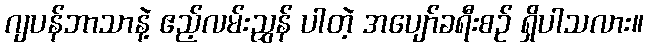
ဂျပန်ဘာသာနဲ့ ဧည့်လမ်းညွှန် ပါတဲ့ အပျော်ခရီးစဉ် ရှိပါသလား။